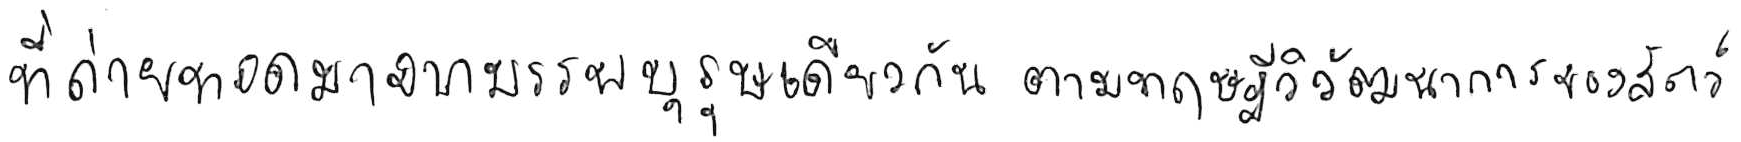
ที่ถ่ายทอดมาจากบรรพบุรุษเดียวกัน ตามทฤษฎีวิวัฒนาการของสัตว์